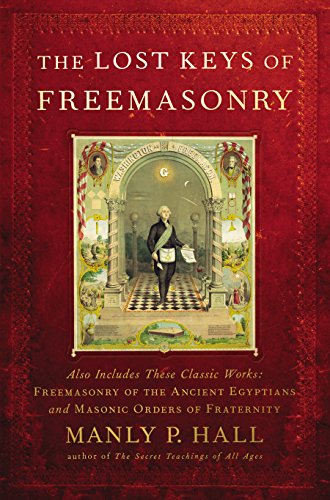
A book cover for The Lost Keys of Freemasonry (Also Includes: Freemasonry of the Ancient Egyptians / Masonic Orders of Fraternity); Manly P. Hall; Religion & Spirituality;